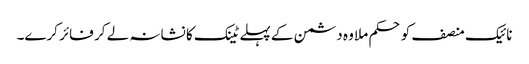
نائیک منصف کو حکم ملا وہ دشمن کے پہلے ٹینک کا نشانہ لے کر فائر کرے۔